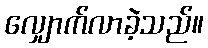
လျှောက်လာခဲ့သည်။